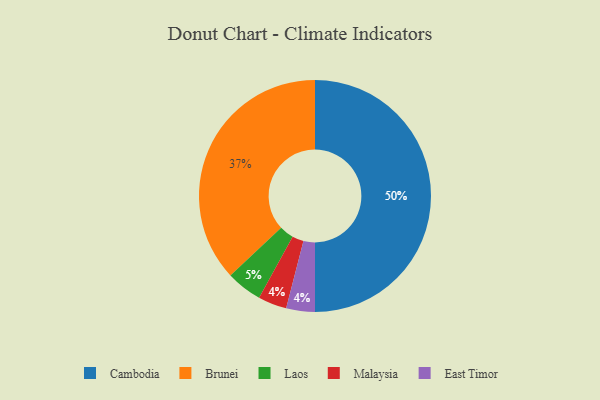
{"axis": {"x": "Category", "y": "Percentage"}, "legend": ["Brunei", "Cambodia", "East Timor", "Laos", "Malaysia"], "data": [{"x": "Brunei", "y": 37, "type": "Brunei"}, {"x": "Malaysia", "y": 4, "type": "Malaysia"}, {"x": "East Timor", "y": 4, "type": "East Timor"}, {"x": "Cambodia", "y": 50, "type": "Cambodia"}, {"x": "Laos", "y": 5, "type": "Laos"}]}